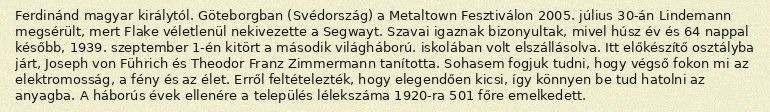
Ferdinánd magyar királytól. Göteborgban (Svédország) a Metaltown Fesztiválon 2005. július 30-án Lindemann megsérült, mert Flake véletlenül nekivezette a Segwayt. Szavai igaznak bizonyultak, mivel húsz év és 64 nappal később, 1939. szeptember 1-én kitört a második világháború. iskolában volt elszállásolva. Itt előkészítő osztályba járt, Joseph von Führich és Theodor Franz Zimmermann tanította. Sohasem fogjuk tudni, hogy végső fokon mi az elektromosság, a fény és az élet. Erről feltételezték, hogy elegendően kicsi, így könnyen be tud hatolni az anyagba. A háborús évek ellenére a település lélekszáma 1920-ra 501 főre emelkedett.